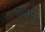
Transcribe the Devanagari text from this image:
कुसुमों